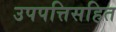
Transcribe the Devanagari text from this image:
उपपत्तिसहित